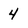
Character: 4